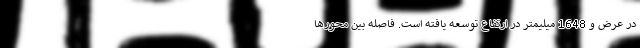
در عرض و 1648 میلیمتر در ارتفاع توسعه یافته است. فاصله بین محورها